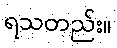
ရသတည်း။